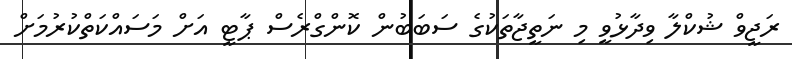
ރަޖީވް ޝުކްލާ ވިދާޅުވީ މި ނަތީޖާތަކުގެ ސަބަބުން ކޮންގްރެސް ޕާޓީ އަށް މަސައްކަތްކުރުމަށް